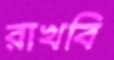
রাখবি